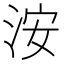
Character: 洝